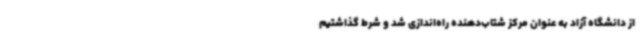
از دانشگاه آزاد به عنوان مرکز شتاب‌دهنده راه‌اندازی شد و شرط گذاشتیم